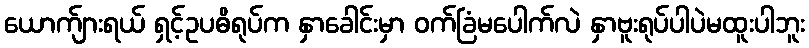
ယောက်ျားရယ် ရှင့်ဥပဓိရုပ်က နှာခေါင်းမှာ ဝက်ခြံမပေါက်လဲ နှာဗူးရုပ်ပါပဲမထူးပါဘူး